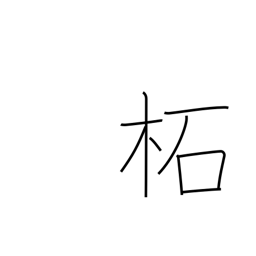
Meaning: wild mulberry